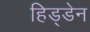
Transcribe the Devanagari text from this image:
हिड्डेन